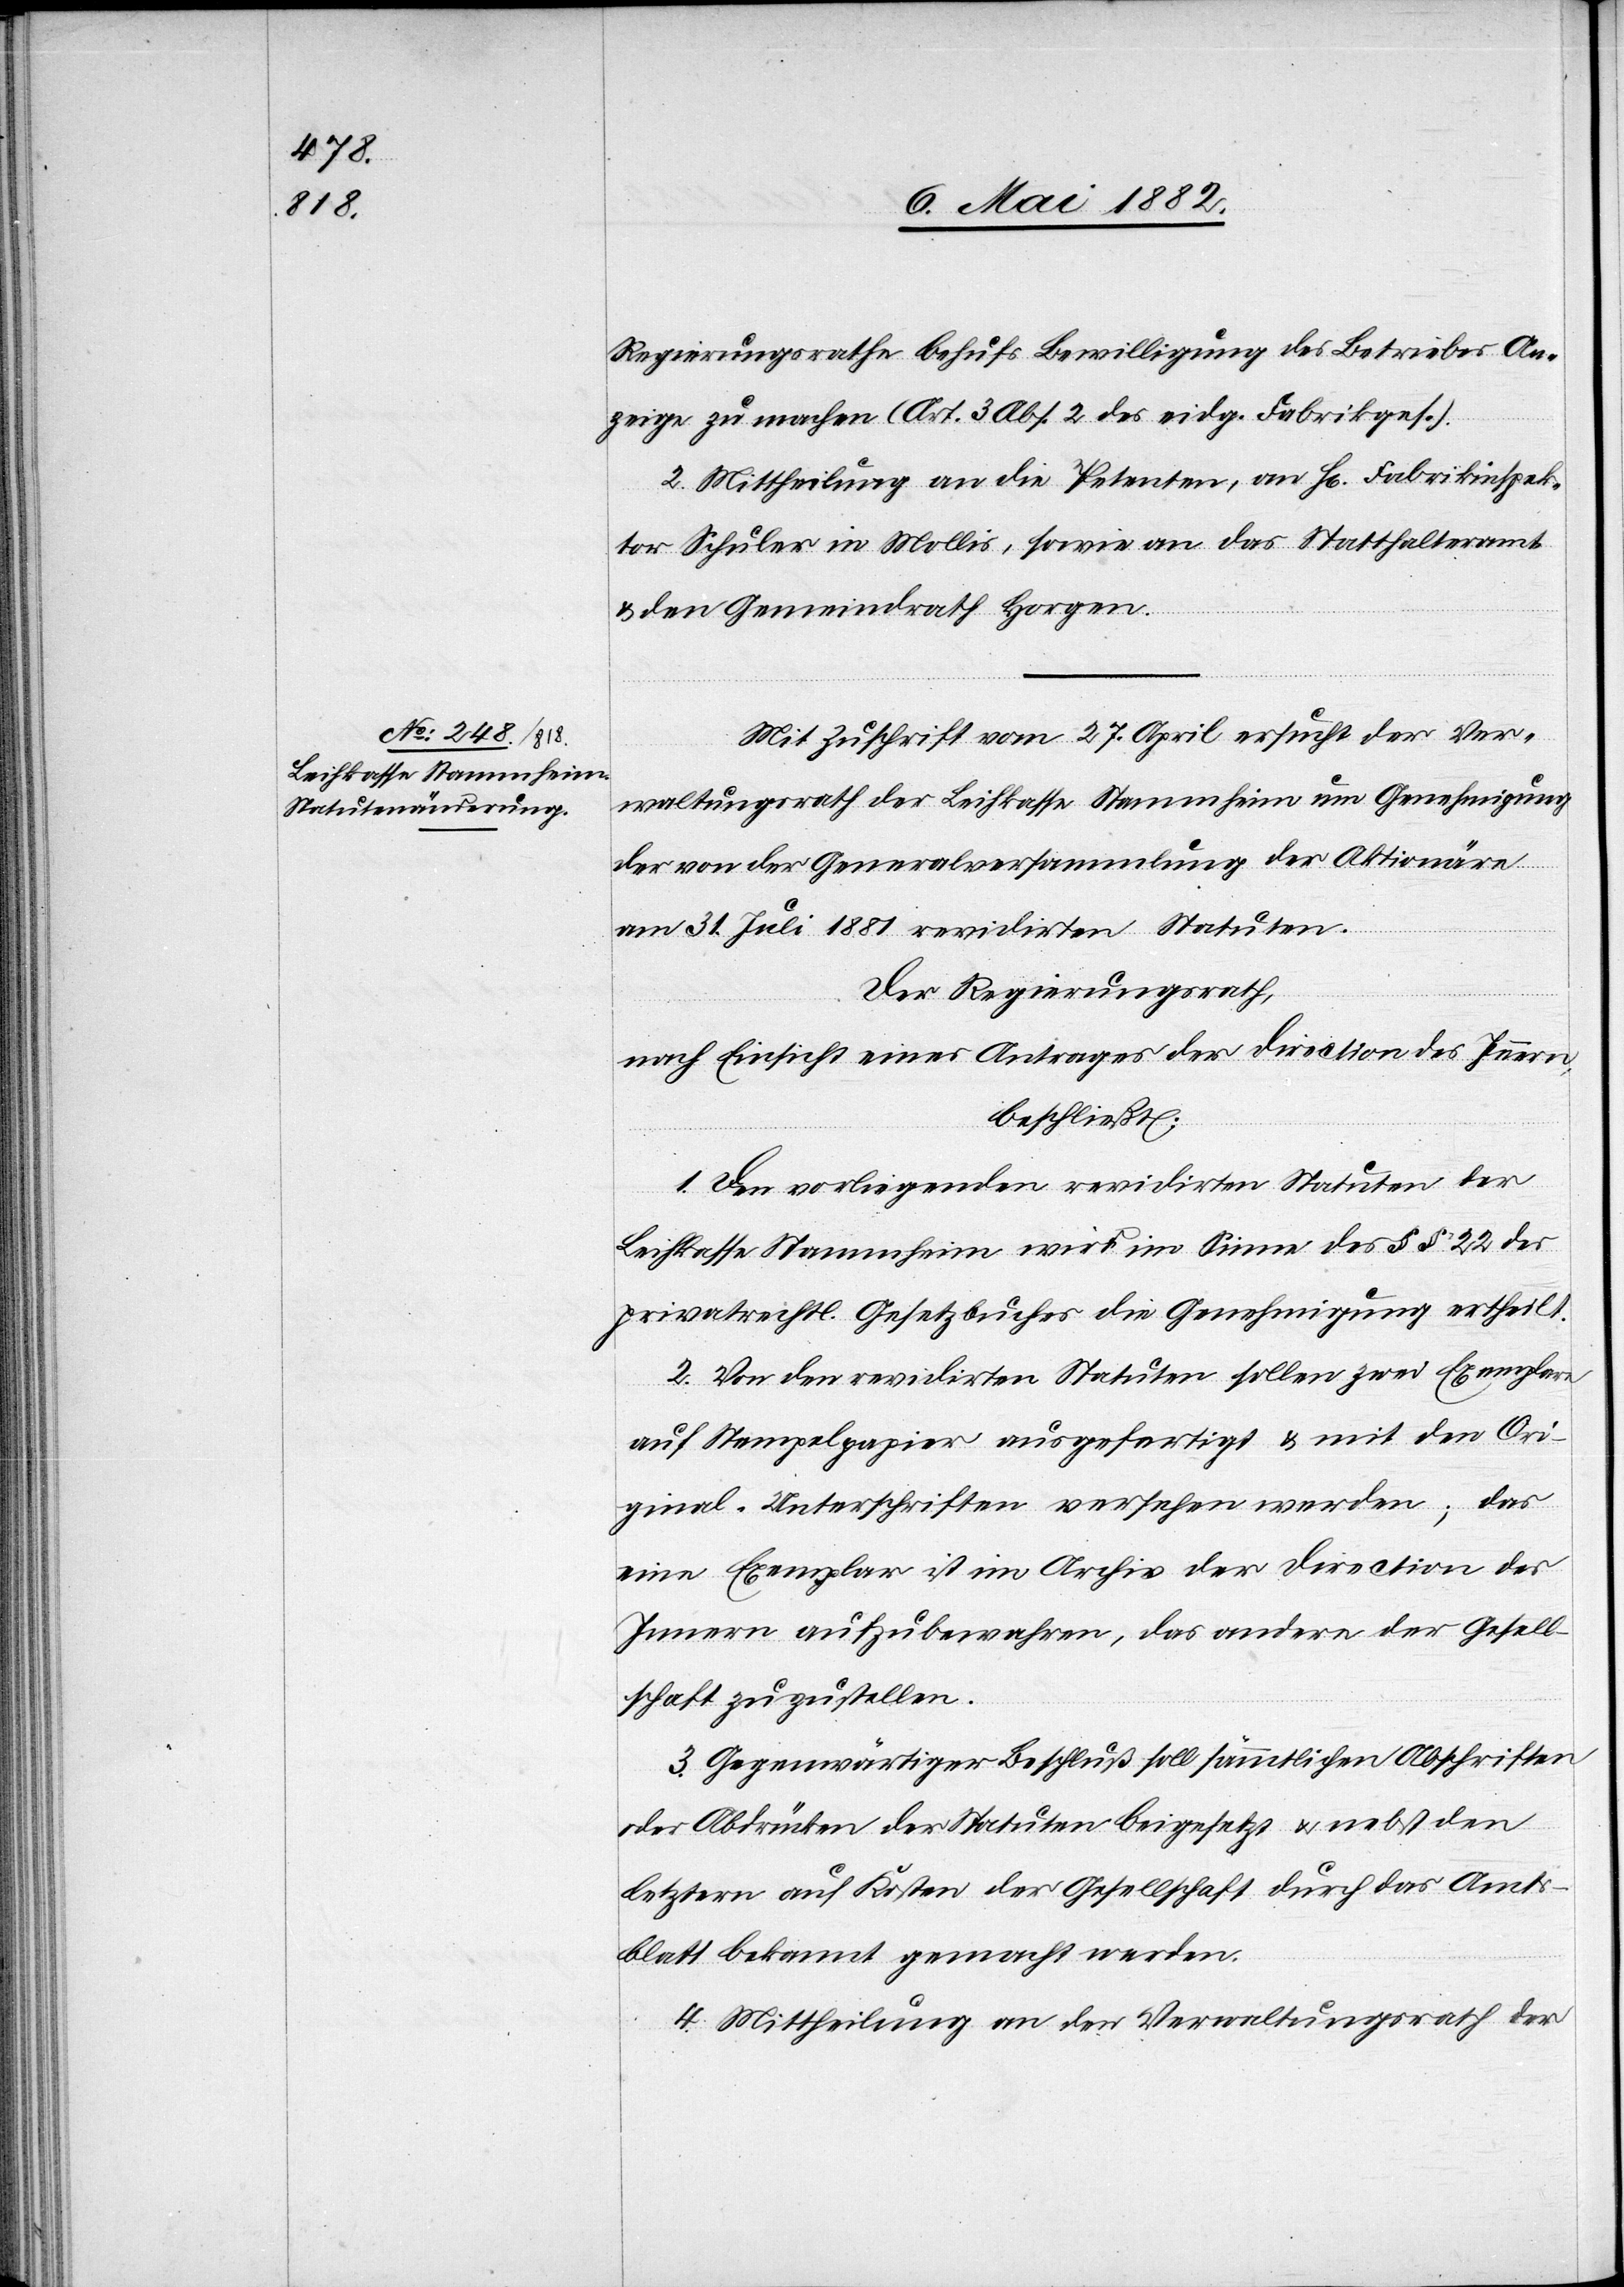
Regierungsrathe behufs Bewilligung des Betriebes An¬
zeige zu machen (Art. 3 Abs. 2 des eidg. Farbikges.).
2. Mittheilung an die Petenten, an H[rn]. Fabrikinspek¬
tor Schuler in Mollis, sowie an das Statthalteramt
& den Gemeindrath Horgen.
Mit Zuschrift vom 27. April ersucht der Ver¬
waltungsrath der Leihkasse Stammheim um Genehmigung
der von der Generalversammlung der Aktionäre
am 31. Juli 1881 revidirten Statuten.
Der Regierungsrath,
nach Einsicht eines Antrages der Direction des Innern,
beschließt:
1. Den vorliegenden revidirten Statuten der
Leihkasse Stammheim wird im Sinne des §§ 22 [sic!] des
privatrechtl. Gesetzbuches die Genehmigung ertheilt.
2. Von den revidirten Statuten sollen zwei Exemplare
auf Stempelpapier ausgefertigt & mit den Ori¬
ginal-Unterschriften versehen werden; das
eine Exemplar ist im Archiv der Direction des
Innern aufzubewahren, das andere der Gesell¬
schaft zuzustellen.
3. Gegenwärtiger Beschluß soll sämmtlichen Abschriften
oder Abdrücken der Statuten beigesetzt u. nebst den
letztern auf Kosten der Gesellschaft durch das Amts¬
blatt bekannt gemacht werden.
4. Mittheilung an den Verwaltungsrath der